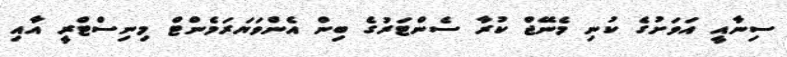
ސިނާއީ އަވަށުގެ ކުނި މެނޭޖް ކުރާ ސެންޓަރުގެ ބިން އެންވަޔަރަމެންޓް މިނިސްޓްރީ އާއި